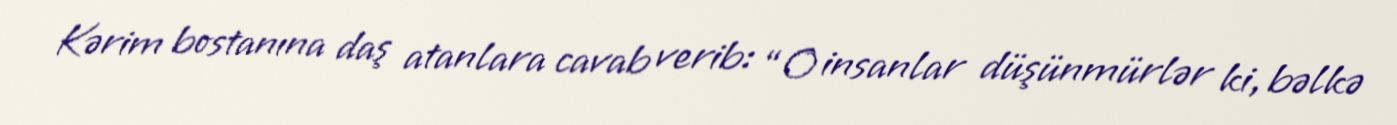
Kərim bostanına daş atanlara cavab verib: “O insanlar düşünmürlər ki, bəlkə